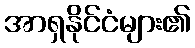
အာရှနိုင်ငံများ၏